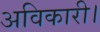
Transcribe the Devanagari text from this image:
अविकारी।